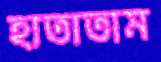
হাতাতাম